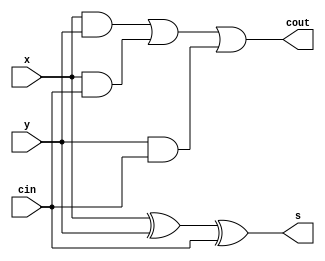
module fulladd(input cin,input x,input y,output s,output cout);
    assign s = x ^ y ^ cin;
    assign cout = (x & y) | (x & cin) | (y & cin);
endmodule

module Q4(input cin,input [3:0]x,input [3:0]y,output [3:0]s,output cout);
    wire [2:0]c;
    
    fulladd a1(cin,x[0],y[0],s[0],c[0]);
    fulladd a2(c[0],x[1],y[1],s[1],c[1]);
    fulladd a3(c[1],x[2],y[3],s[2],c[2]);
    fulladd a4(c[2],x[3],y[3],s[3],cout);
endmodule